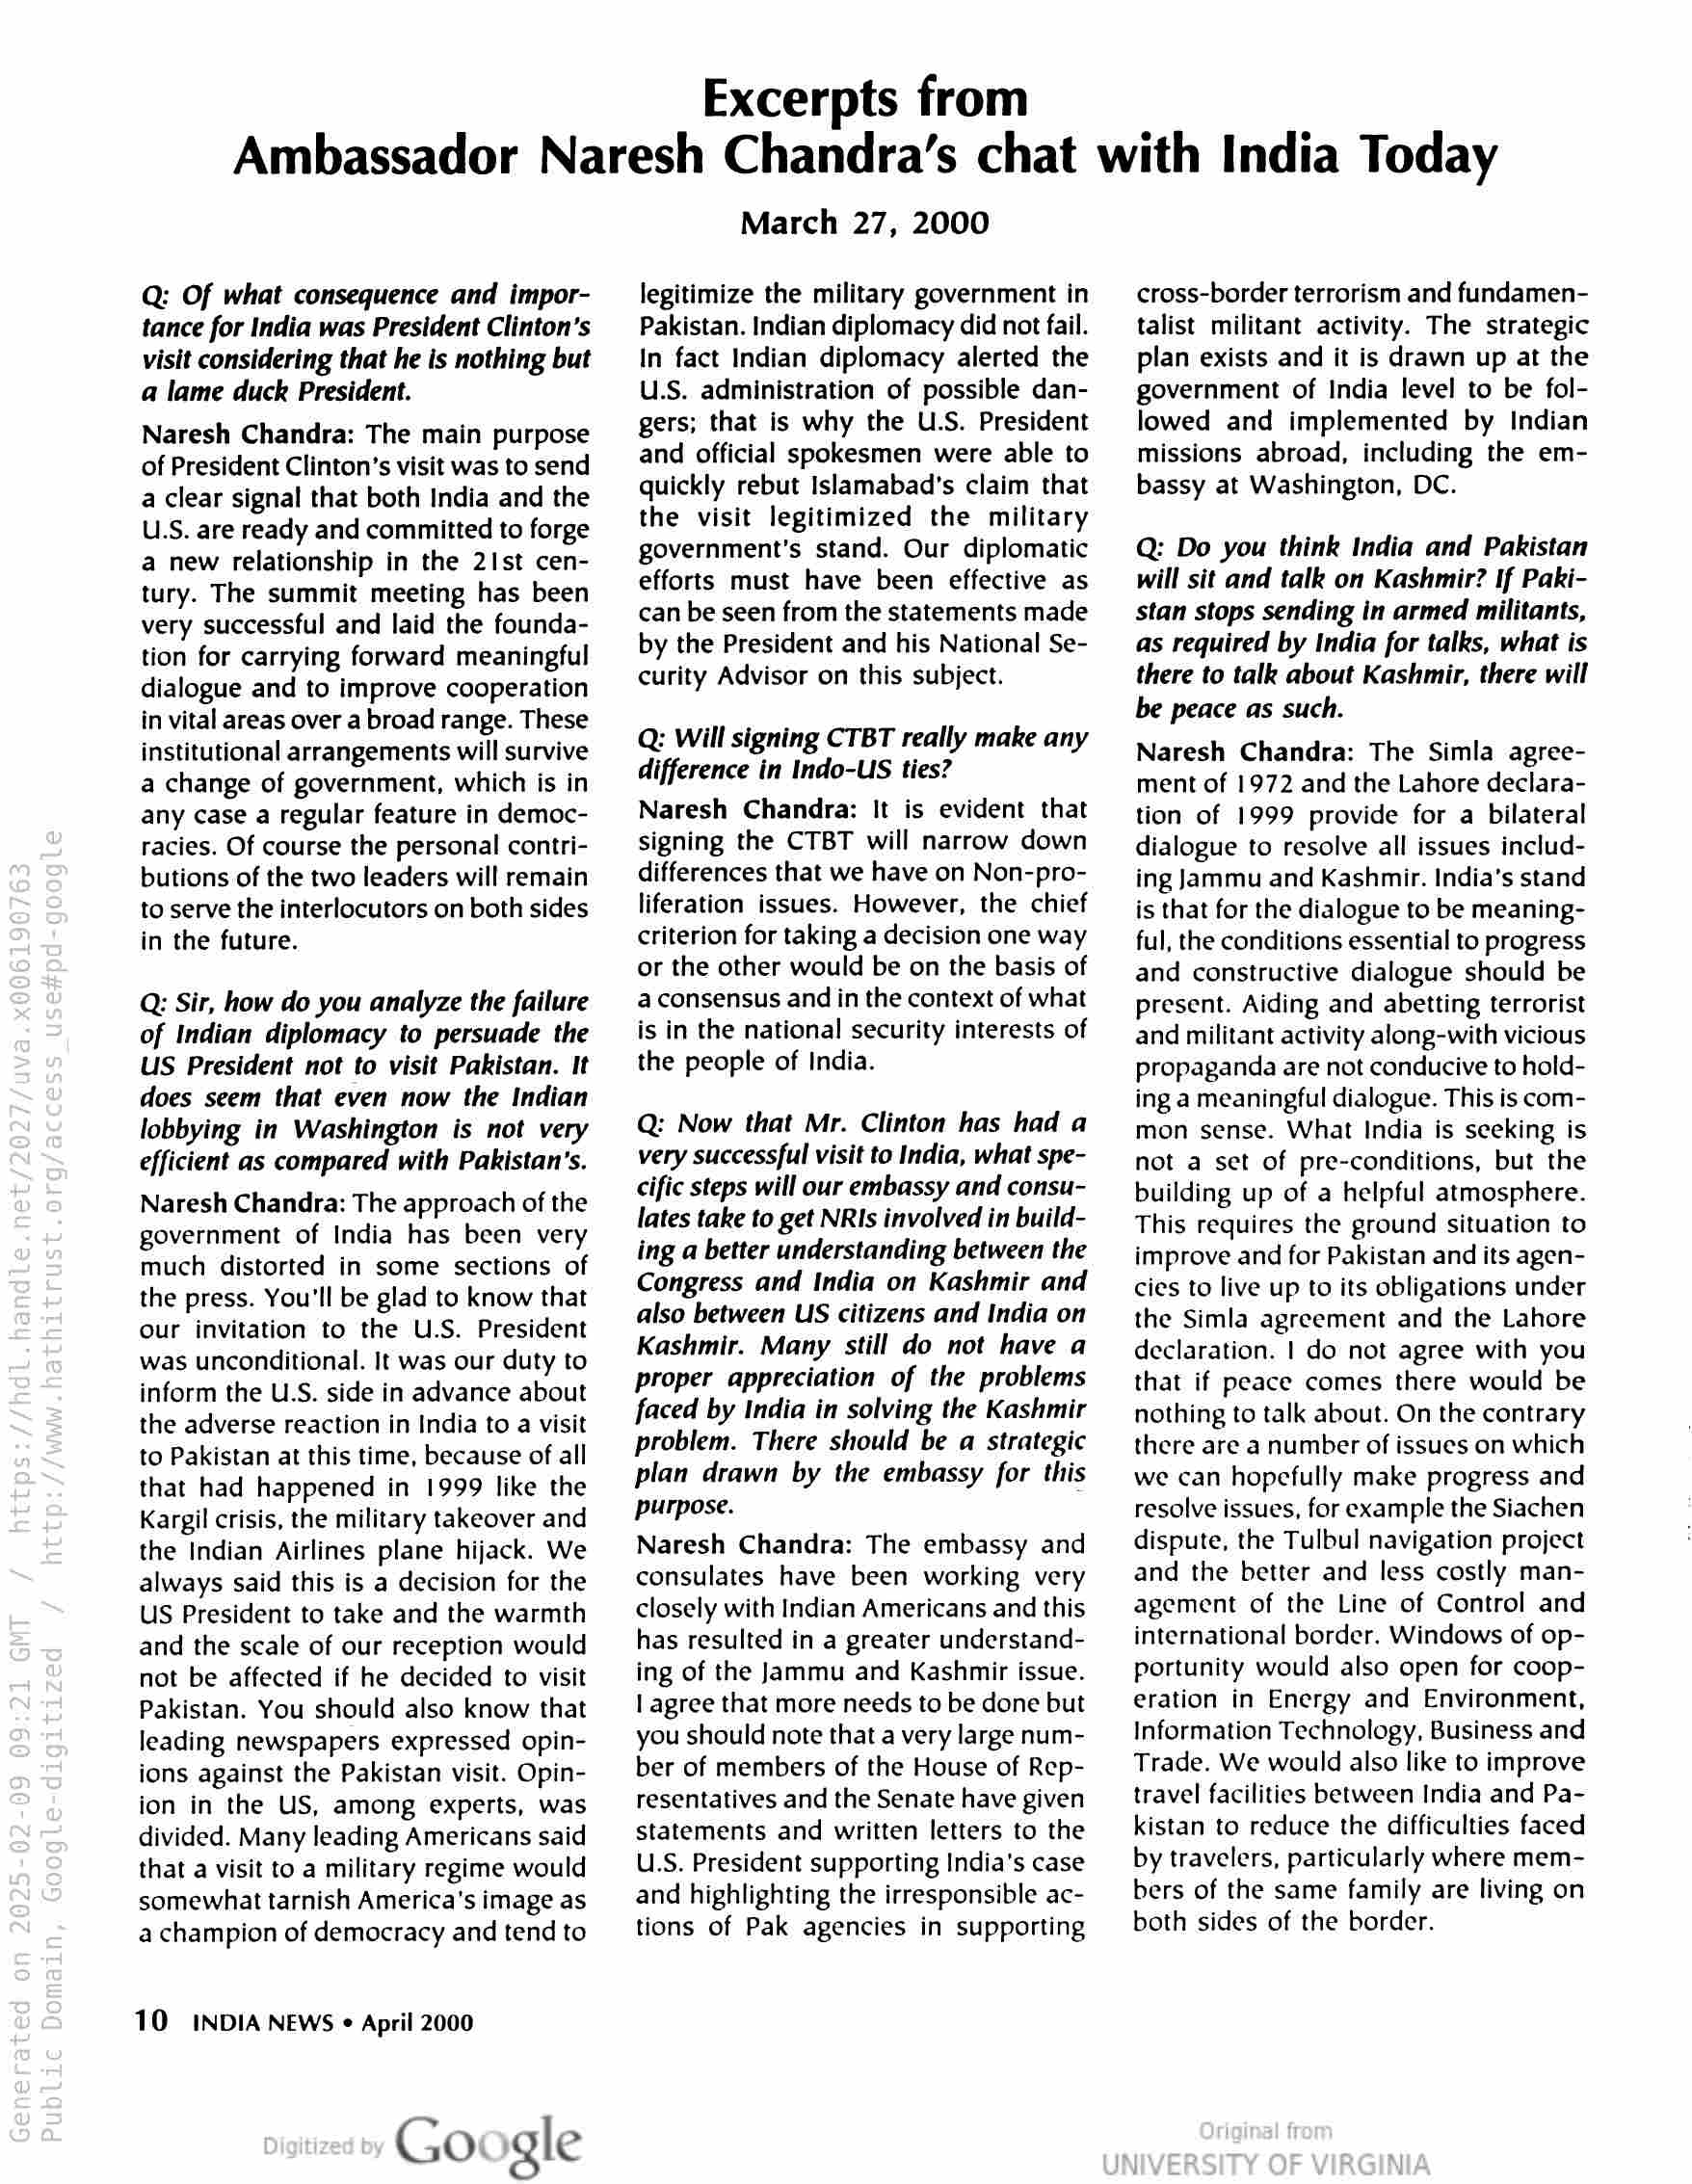
Excerpts from

Ambassador Naresh Chandra’s chat with India Today

Q: Of what consequence and impor-
tance for India was President Clinton’s
visit considering that he is nothing but
a lame duck President.

Naresh Chandra: The main purpose
of President Clinton’s visit was to send
a clear signal that both India and the
U.S. are ready and committed to forge
a new relationship in the 21st cen-
tury. The summit meeting has been
very successful and laid the founda-
tion for carrying forward meaningful
dialogue and to improve cooperation
in vital areas over a broad range. These
institutional arrangements will survive
a change of government, which is in
any case a regular feature in democ-
racies. Of course the personal contri-
butions of the two leaders will remain
to serve the interlocutors on both sides
in the future.

Q: Sir, how do you analyze the failure
of Indian diplomacy to persuade the
US President not to visit Pakistan. It
does seem that even now the Indian
lobbying in Washington is not very
efficient as compared with Pakistan's.

Naresh Chandra: The approach of the
government of India has been very
much distorted in some sections of
the press. You'll be glad to know that
our invitation to the U.S. President
was unconditional. It was our duty to
inform the U.S. side in advance about
the adverse reaction in India to a visit
to Pakistan at this time, because of all
that had happened in 1999 like the
Kargil crisis, the military takeover and
the Indian Airlines plane hijack. We
always said this is a decision for the
US President to take and the warmth
and the scale of our reception would
not be affected if he decided to visit
Pakistan. You should also know that
leading newspapers expressed opin-
ions against the Pakistan visit. Opin-
ion in the US, among experts, was
divided. Many leading Americans said
that a visit to a military regime would
somewhat tarnish America’s image as
a champion of democracy and tend to

10 INDIA NEWS « April 2000

Google

March 27, 2000

legitimize the military government in
Pakistan. Indian diplomacy did not fail.
In fact Indian diplomacy alerted the
U.S. administration of possible dan-
gers; that is why the U.S. President
and official spokesmen were able to
quickly rebut Islamabad’s claim that
the visit legitimized the military
government's stand. Our diplomatic
efforts must have been effective as
can be seen from the statements made
by the President and his National Se-
curity Advisor on this subject.

Q: Will signing CTBT really make any
difference in Indo-US ties?

Naresh Chandra: It is evident that
signing the CTBT will narrow down
differences that we have on Non-pro-
liferation issues. However, the chief
criterion for taking a decision one way
or the other would be on the basis of
a consensus and in the context of what
is in the national security interests of
the people of India.

Q: Now that Mr. Clinton has had a
very successful visit to India, what spe-
cific steps will our embassy and consu-
lates take to get NRIs involved in build-
ing a better understanding between the
Congress and India on Kashmir and
also between US citizens and India on
Kashmir. Many still do not have a
proper appreciation of the problems
faced by India in solving the Kashmir
problem. There should be a strategic
plan drawn by the embassy for this
purpose.

Naresh Chandra: The embassy and
consulates have been working very
closely with Indian Americans and this
has resulted in a greater understand-
ing of the Jammu and Kashmir issue.
| agree that more needs to be done but
you should note that a very large num-
ber of members of the House of Rep-
resentatives and the Senate have given
statements and written letters to the
U.S. President supporting India’s case
and highlighting the irresponsible ac-
tions of Pak agencies in supporting

cross-border terrorism and fundamen-
talist militant activity. The strategic
plan exists and it is drawn up at the
government of India level to be fol-
lowed and implemented by Indian
missions abroad, including the em-
bassy at Washington, DC.

Q: Do you think India and Pakistan
will sit and talk on Kashmir? If Paki-
stan stops sending in armed militants,
as required by India for talks, what is
there to talk about Kashmir, there will
be peace as such.

Naresh Chandra: The Simla agree-
ment of 1972 and the Lahore declara-
tion of 1999 provide for a bilateral
dialogue to resolve all issues includ-
ing Jammu and Kashmir. India’s stand
is that for the dialogue to be meaning-
ful, the conditions essential to progress
and constructive dialogue should be
present. Aiding and abetting terrorist
and militant activity along-with vicious
propaganda are not conducive to hold-
ing a meaningful dialogue. This is com-
mon sense. What India is seeking is
not a set of pre-conditions, but the
building up of a helpful atmosphere.
This requires the ground situation to
improve and for Pakistan and its agen-
cies to live up to its obligations under
the Simla agreement and the Lahore
declaration. | do not agree with you
that if peace comes there would be
nothing to talk about. On the contrary
there are a number of issues on which
we can hopefully make progress and
resolve issues, for example the Siachen
dispute, the Tulbul navigation project
and the better and less costly man-
agement of the Line of Control and
international border. Windows of op-
portunity would also open for coop-
eration in Energy and Environment,
Information Technology, Business and
Trade. We would also like to improve
travel facilities between India and Pa-
kistan to reduce the difficulties faced
by travelers, particularly where mem-
bers of the same family are living on
both sides of the border.